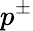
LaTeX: p^{\pm}